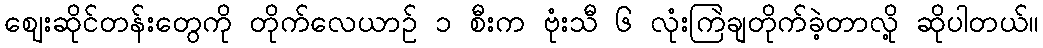
ဈေးဆိုင်တန်းတွေကို တိုက်လေယာဥ် ၁ စီးက ဗုံးသီ ၆ လုံးကြဲချတိုက်ခဲ့တာလို့ ဆိုပါတယ်။